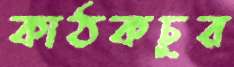
কাঠকচুর